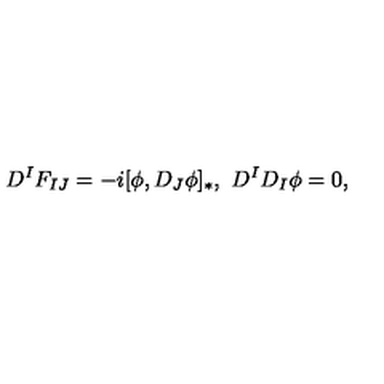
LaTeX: D ^ { I } F _ { I J } = - i [ \phi , D _ { J } \phi ] _ { * } , \ D ^ { I } D _ { I } \phi = 0 ,